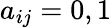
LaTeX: a_{ij}=0,1